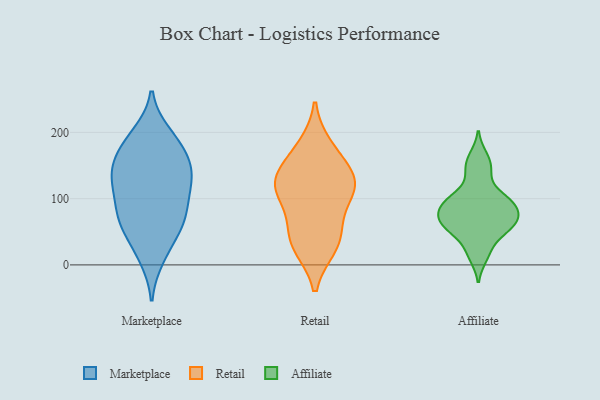
{"axis": {"x": "Active Users", "y": "Value"}, "legend": ["Affiliate", "Marketplace", "Retail"], "data": [{"x": "", "y": 148, "type": "Marketplace"}, {"x": "", "y": 145, "type": "Marketplace"}, {"x": "", "y": 99, "type": "Marketplace"}, {"x": "", "y": 69, "type": "Marketplace"}, {"x": "", "y": 63, "type": "Marketplace"}, {"x": "", "y": 20, "type": "Marketplace"}, {"x": "", "y": 152, "type": "Marketplace"}, {"x": "", "y": 188, "type": "Marketplace"}, {"x": "", "y": 197, "type": "Marketplace"}, {"x": "", "y": 146, "type": "Marketplace"}, {"x": "", "y": 11, "type": "Marketplace"}, {"x": "", "y": 71, "type": "Marketplace"}, {"x": "", "y": 128, "type": "Marketplace"}, {"x": "", "y": 173, "type": "Marketplace"}, {"x": "", "y": 102, "type": "Marketplace"}, {"x": "", "y": 114, "type": "Marketplace"}, {"x": "", "y": 63, "type": "Marketplace"}, {"x": "", "y": 57, "type": "Marketplace"}, {"x": "", "y": 189, "type": "Marketplace"}, {"x": "", "y": 127, "type": "Marketplace"}, {"x": "", "y": 163, "type": "Retail"}, {"x": "", "y": 30, "type": "Retail"}, {"x": "", "y": 119, "type": "Retail"}, {"x": "", "y": 70, "type": "Retail"}, {"x": "", "y": 117, "type": "Retail"}, {"x": "", "y": 131, "type": "Retail"}, {"x": "", "y": 45, "type": "Retail"}, {"x": "", "y": 120, "type": "Retail"}, {"x": "", "y": 28, "type": "Retail"}, {"x": "", "y": 178, "type": "Retail"}, {"x": "", "y": 116, "type": "Retail"}, {"x": "", "y": 57, "type": "Affiliate"}, {"x": "", "y": 63, "type": "Affiliate"}, {"x": "", "y": 88, "type": "Affiliate"}, {"x": "", "y": 149, "type": "Affiliate"}, {"x": "", "y": 88, "type": "Affiliate"}, {"x": "", "y": 101, "type": "Affiliate"}, {"x": "", "y": 71, "type": "Affiliate"}, {"x": "", "y": 12, "type": "Affiliate"}, {"x": "", "y": 108, "type": "Affiliate"}, {"x": "", "y": 139, "type": "Affiliate"}, {"x": "", "y": 23, "type": "Affiliate"}, {"x": "", "y": 48, "type": "Affiliate"}, {"x": "", "y": 90, "type": "Affiliate"}, {"x": "", "y": 164, "type": "Affiliate"}, {"x": "", "y": 61, "type": "Affiliate"}, {"x": "", "y": 58, "type": "Affiliate"}, {"x": "", "y": 75, "type": "Affiliate"}, {"x": "", "y": 95, "type": "Affiliate"}]}